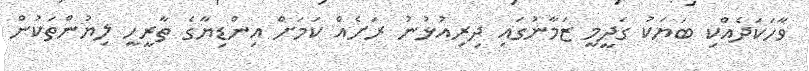
ވާހަކަދެއްކި ބަޔަކު ގަދީމީ ޒަމާނުގައި ދިރިއުޅުނު ރަށެއް ކަމަށް އިންޑިޔާގެ ތާރީހީ ލިޔުންތަކުން